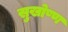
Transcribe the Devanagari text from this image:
सुखोष्ण